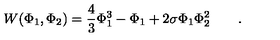
W ( \Phi _ { 1 } , \Phi _ { 2 } ) = \frac { 4 } { 3 } \Phi _ { 1 } ^ { 3 } - \Phi _ { 1 } + 2 \sigma \Phi _ { 1 } \Phi _ { 2 } ^ { 2 } \qquad .